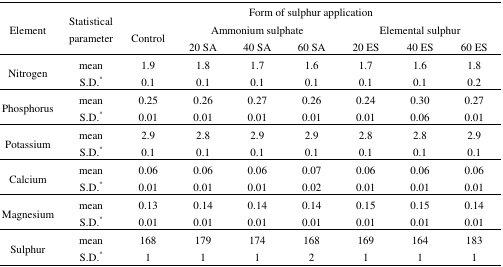
<table><thead><tr><td rowspan="3"><b>Element</b></td><td rowspan="3"><b>Statistical parameter</b></td><td rowspan="3"><b>Control</b></td><td colspan="6"><b>Form of sulphur application</b></td></tr><tr><td colspan="3"><b>Ammonium sulphate</b></td><td colspan="3"><b>Elemental sulphur</b></td></tr><tr><td><b>20 SA</b></td><td><b>40 SA</b></td><td><b>60 SA</b></td><td><b>20 ES</b></td><td><b>40 ES</b></td><td><b>60 ES</b></td></tr></thead><tbody><tr><td rowspan="2">Nitrogen</td><td>mean</td><td>1.9</td><td>1.8</td><td>1.7</td><td>1.6</td><td>1.7</td><td>1.6</td><td>1.8</td></tr><tr><td>S.D.*</td><td>0.1</td><td>0.1</td><td>0.1</td><td>0.1</td><td>0.1</td><td>0.1</td><td>0.2</td></tr><tr><td rowspan="2">Phosphorus</td><td>mean</td><td>0.25</td><td>0.26</td><td>0.27</td><td>0.26</td><td>0.24</td><td>0.30</td><td>0.27</td></tr><tr><td>S.D.*</td><td>0.01</td><td>0.01</td><td>0.01</td><td>0.01</td><td>0.01</td><td>0.06</td><td>0.01</td></tr><tr><td rowspan="2">Potassium</td><td>mean</td><td>2.9</td><td>2.8</td><td>2.9</td><td>2.9</td><td>2.8</td><td>2.8</td><td>2.9</td></tr><tr><td>S.D.*</td><td>0.1</td><td>0.1</td><td>0.1</td><td>0.1</td><td>0.1</td><td>0.1</td><td>0.1</td></tr><tr><td rowspan="2">Calcium</td><td>mean</td><td>0.06</td><td>0.06</td><td>0.06</td><td>0.07</td><td>0.06</td><td>0.06</td><td>0.06</td></tr><tr><td>S.D.*</td><td>0.01</td><td>0.01</td><td>0.01</td><td>0.02</td><td>0.01</td><td>0.01</td><td>0.01</td></tr><tr><td rowspan="2">Magnesium</td><td>mean</td><td>0.13</td><td>0.14</td><td>0.14</td><td>0.14</td><td>0.15</td><td>0.15</td><td>0.14</td></tr><tr><td>S.D.*</td><td>0.01</td><td>0.01</td><td>0.01</td><td>0.01</td><td>0.01</td><td>0.01</td><td>0.01</td></tr><tr><td rowspan="2">Sulphur</td><td>mean</td><td>168</td><td>179</td><td>174</td><td>168</td><td>169</td><td>164</td><td>183</td></tr><tr><td>S.D.*</td><td>1</td><td>1</td><td>1</td><td>2</td><td>1</td><td>1</td><td>1</td></tr></tbody></table>